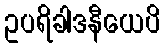
ဥပရိခါဒနီယေပိ